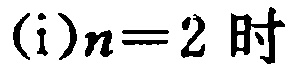
(i)$n = 2$ 时